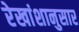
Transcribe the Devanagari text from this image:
रेखांशानुसार